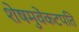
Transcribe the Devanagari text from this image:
शेषमुवेंकटपति